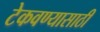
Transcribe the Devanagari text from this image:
टेकवण्यासाठी